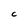
Character: C